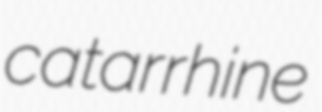
catarrhine